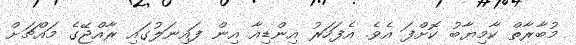
މުބާރާތް ކާމިޔާބު ކޮށްފަ އެވެ. އެފަހަރު އިންޑިއާ އިން ފައިނަލުގައި ރާއްޖޭގެ މައްޗަށް